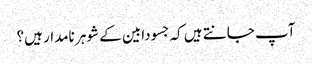
آپ جانتے ہیں کہ جسودابین کے شوہر نامدار ہیں؟